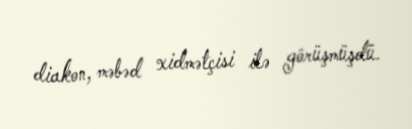
diakon, məbəd xidmətçisi ilə görüşmüşdü.